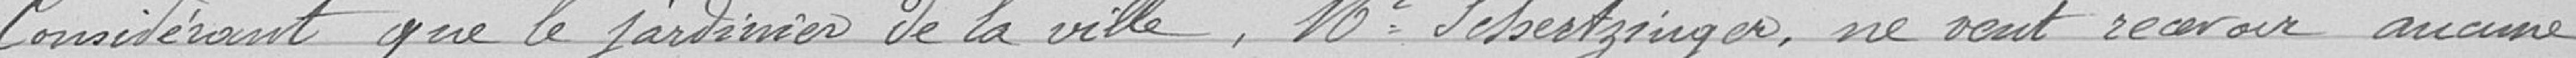
Considérant que le jardinier de la ville, Mr Schertzinger , ne veut recevoir aucune